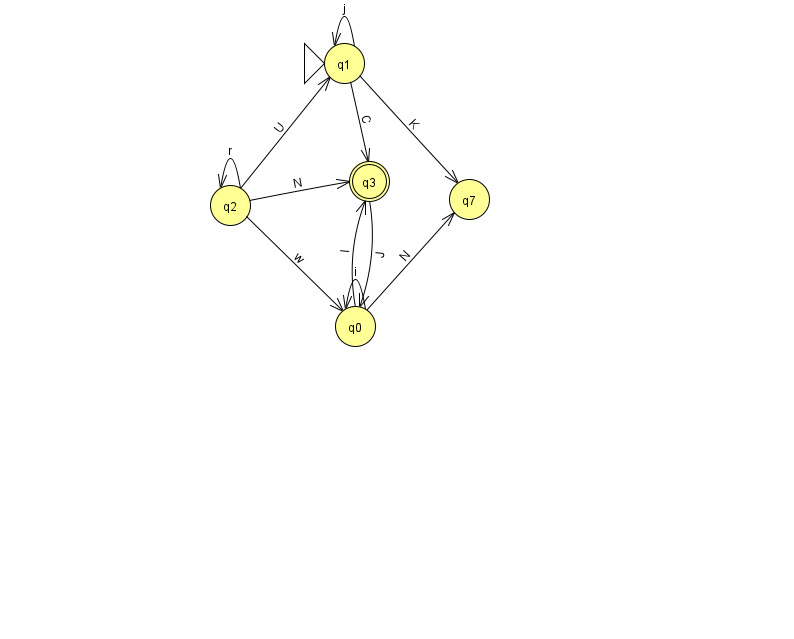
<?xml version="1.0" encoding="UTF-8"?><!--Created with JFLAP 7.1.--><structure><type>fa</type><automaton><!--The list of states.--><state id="0" name="q0"><x>355.0</x><y>313.0</y></state><state id="1" name="q1"><x>344.0</x><y>50.0</y><initial/></state><state id="2" name="q2"><x>230.0</x><y>192.0</y></state><state id="3" name="q3"><x>369.0</x><y>168.0</y><final/></state><state id="7" name="q7"><x>469.0</x><y>186.0</y></state><!--The list of transitions.--><transition><from>0</from><to>3</to><read>l</read></transition><transition><from>2</from><to>2</to><read>r</read></transition><transition><from>3</from><to>0</to><read>J</read></transition><transition><from>0</from><to>0</to><read>i</read></transition><transition><from>0</from><to>7</to><read>N</read></transition><transition><from>1</from><to>1</to><read>j</read></transition><transition><from>2</from><to>3</to><read>N</read></transition><transition><from>2</from><to>0</to><read>w</read></transition><transition><from>2</from><to>1</to><read>U</read></transition><transition><from>1</from><to>7</to><read>K</read></transition><transition><from>1</from><to>3</to><read>C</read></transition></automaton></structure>